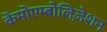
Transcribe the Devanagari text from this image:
केमोएम्बोलिज़ेशन